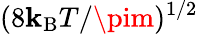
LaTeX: (8\mathbf{k}_{\mathrm{{B}}}T/\pim)^{1/2}